Treatise on elephants
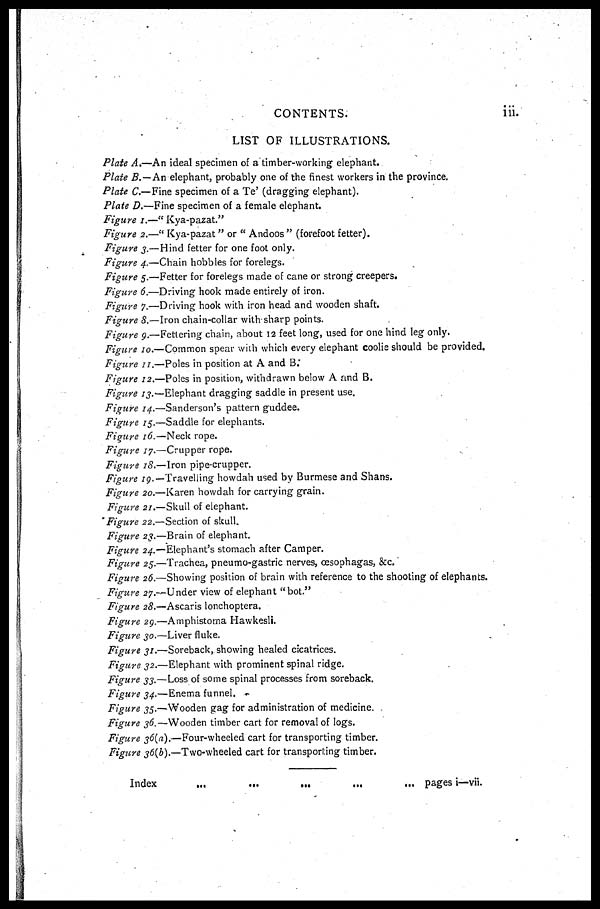
CONTENTS.
iii.
LIST OF ILLUSTRATIONS.
Plate A.—An ideal specimen of a timber-working elephant.
Plate B.—An elephant, probably one of the finest workers in the province.
Plate C.— Fine specimen of a Te' (dragging elephant).
Plate D.—Fine specimen of a female elephant.
Figure 1.—" Kya-pazat."
Figure 2.—" Kya-pazat" or " Andoos " (forefoot fetter).
Figure 3.—Hind fetter for one foot only.
Figure 4.—Chain hobbles for forelegs.
Figure 5.—Fetter for forelegs made of cane or strong creepers.
Figure 6.—Driving hook made entirely of iron.
Figure 7.—Driving hook with iron head and wooden shaft.
Figure 8.—Iron chain-collar with sharp points.
Figure 9.—Fettering chain, about 12 feet long, used for one hind leg only.
Figure 10.—Common spear with which every elephant coolie should be provided.
Figure 11.—Poles in position at A and B.
Figure 12.—Poles in position, withdrawn below A and B.
Figure 13.—Elephant dragging saddle in present use.
Figure 14.—Sanderson's pattern guddee.
Figure 15.—Saddle for elephants.
Figure 16.—Neck rope.
Figure 17.—Crupper rope.
Figure 18.—Iron pipe-crupper.
Figure 19.— Travelling howdah used by Burmese and Shans.
Figure 20.—Karen howdah for carrying grain.
Figure 21.—Skull of elephant.
Figure 22.—Section of skull.
Figure 23.—Brain of elephant.
Figure 24.—Elephant's stomach after Camper.
Figure 25.—Trachea, pneumo-gastric nerves, œsophagas, &c.
Figure 26.—Showing position of brain with reference to the shooting of elephants.
Figure 27.—Under view of elephant "bot."
Figure 28.—Ascaris lonchoptera.
Figure 29.—Amphistorna Hawkesli.
Figure 30.—Liver fluke.
Figure 31.—Soreback, showing healed cicatrices.
Figure 32.—Elephant with prominent spinal ridge.
Figure 33.—Loss of some spinal processes from soreback.
Figure 34.—Enema funnel.
Figure 35.—Wooden gag for administration of medicine.
Figure 36.—Wooden timber cart for removal of logs.
Figure 36(a).— Four-wheeled cart for transporting timber.
Figure 36(b).—Two-wheeled cart for transporting timber.
Index
...
...
...
...
...
pages i—vii.